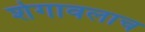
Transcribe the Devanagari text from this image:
शेगावलाच